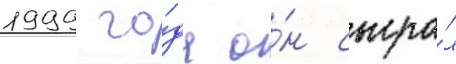
1999 го́да о́н сыгра́л